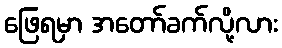
ဖြေရမှာ အတော်ခက်လို့လား